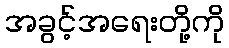
အခွင့်အရေးတို့ကို